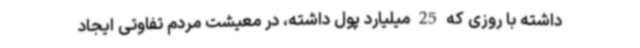
داشته با روزی که 25 میلیارد پول داشته، در معیشت مردم تفاوتی ایجاد